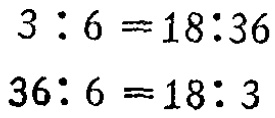
\[

\begin{align*}

3:6&=18:36\\

36:6&=18:3

\end{align*}

\]